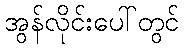
အွန်လိုင်းပေါ်တွင်